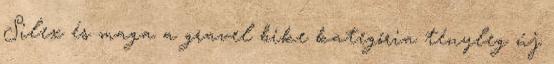
Silex és maga a gravel bike kategória tényleg új